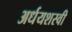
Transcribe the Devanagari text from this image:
अर्धयशस्वी